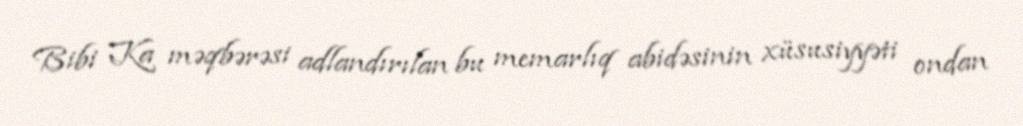
Bibi Ka məqbərəsi adlandırılan bu memarlıq abidəsinin xüsusiyyəti ondan